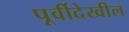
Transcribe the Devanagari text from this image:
पूर्वीदेखील